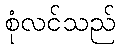
စုံလင်သည်